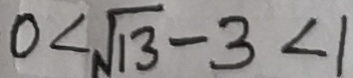
0 < \sqrt { 1 3 } - 3 < 1